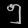
Digit: ၅